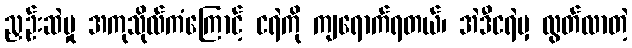
ညှဉ်းဆဲမှု အကုသိုလ်ကံကြောင့် ငရဲကို ကျရောက်ရတယ်၊ အဲဒီငရဲမှ လွတ်လာတဲ့